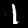
Label: 1